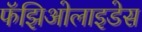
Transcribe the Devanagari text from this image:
फॅझिओलाइडेस